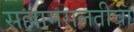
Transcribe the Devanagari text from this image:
सल्लामसलतीचा